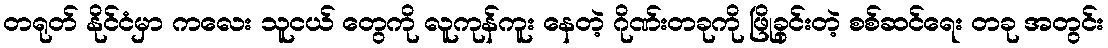
တရုတ် နိုင်ငံမှာ ကလေး သူငယ် တွေကို လူကုန်ကူး နေတဲ့ ဂိုဏ်းတခုကို ဖြိုခွင်းတဲ့ စစ်ဆင်ရေး တခု အတွင်း